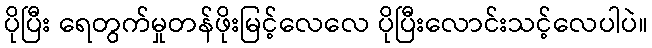
ပိုပြီး ရေတွက်မှုတန်ဖိုးမြင့်လေလေ ပိုပြီးလောင်းသင့်လေပါပဲ။